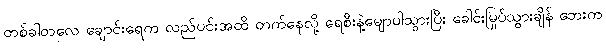
တစ်ခါတလေ ချောင်းရေက လည်ပင်းအထိ တက်နေလို့ ရေစီးနဲ့မျောပါသွားပြီး ခေါင်းမြုပ်သွားချိန် ဘေးက